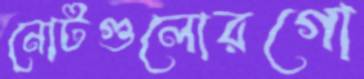
নোটগুলোরগো